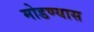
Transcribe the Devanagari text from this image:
मोडण्यास